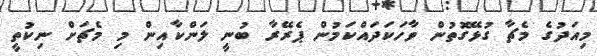
މިއަދުގެ މެޗާ ގުޅޭގޮތުން ވާހަކަދައްކަމުން ޕެރޭރާ ބުނީ ލަންކާއިން މި މެޗަށް ނިކުތީ